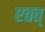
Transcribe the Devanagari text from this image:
एतत्‌